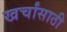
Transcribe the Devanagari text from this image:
खर्चांसाठी